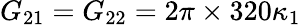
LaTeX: G_{21}=G_{22}=2\pi\times 320\kappa_{1}